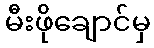
မီးဖိုချောင်မှ